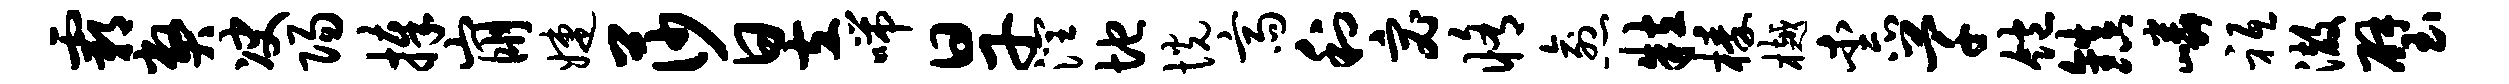
霸弊决阳捧崩婕莎昱喘旱润地恍斋利宓修愈粒榛樾柰芊饱镇嶙祗澈璧